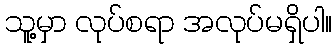
သူ့မှာ လုပ်စရာ အလုပ်မရှိပါ။